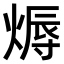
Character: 𤍇